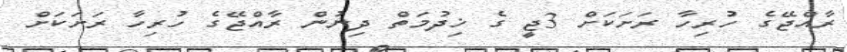
ރާއްޖޭގެ ހުރިހާ ރަށަކަށް 3ޖީ ގެ ޚިދުމަތް ދިނުން ރާއްޖޭގެ ހުރިހާ ރަށަކަށް